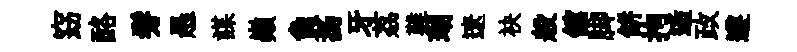
窈酪髣愚謀巔負扬牙荔難瑚遼袂般舘脚餅拘逅政遵